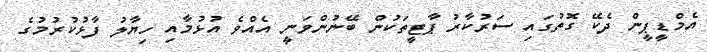
އެމްޑީޕީން ދެކޭ ގޮތުގައި ސަރުކާރު ޕާޓީތަކުން ބޭނުންވަނީ އެއްވެ އުޅުމާއި ހިޔާލު ފާޅުކުރުމުގެ